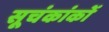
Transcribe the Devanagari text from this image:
सूचंकांकों